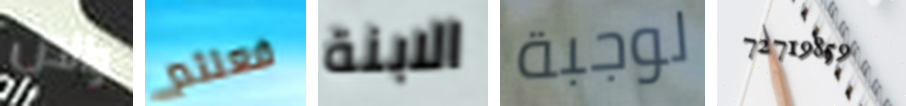
والدن فعلتم الابنة لوجبة 72719859